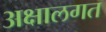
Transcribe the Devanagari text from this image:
अक्षालगत